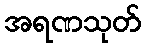
အရဏသုတ်